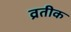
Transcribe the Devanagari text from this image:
व्रतीक